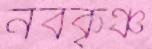
নবকৃঞ্চ